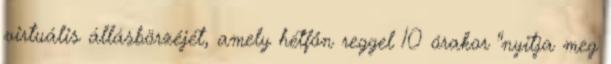
virtuális állásbörzéjét, amely hétfőn reggel 10 órakor "nyitja meg